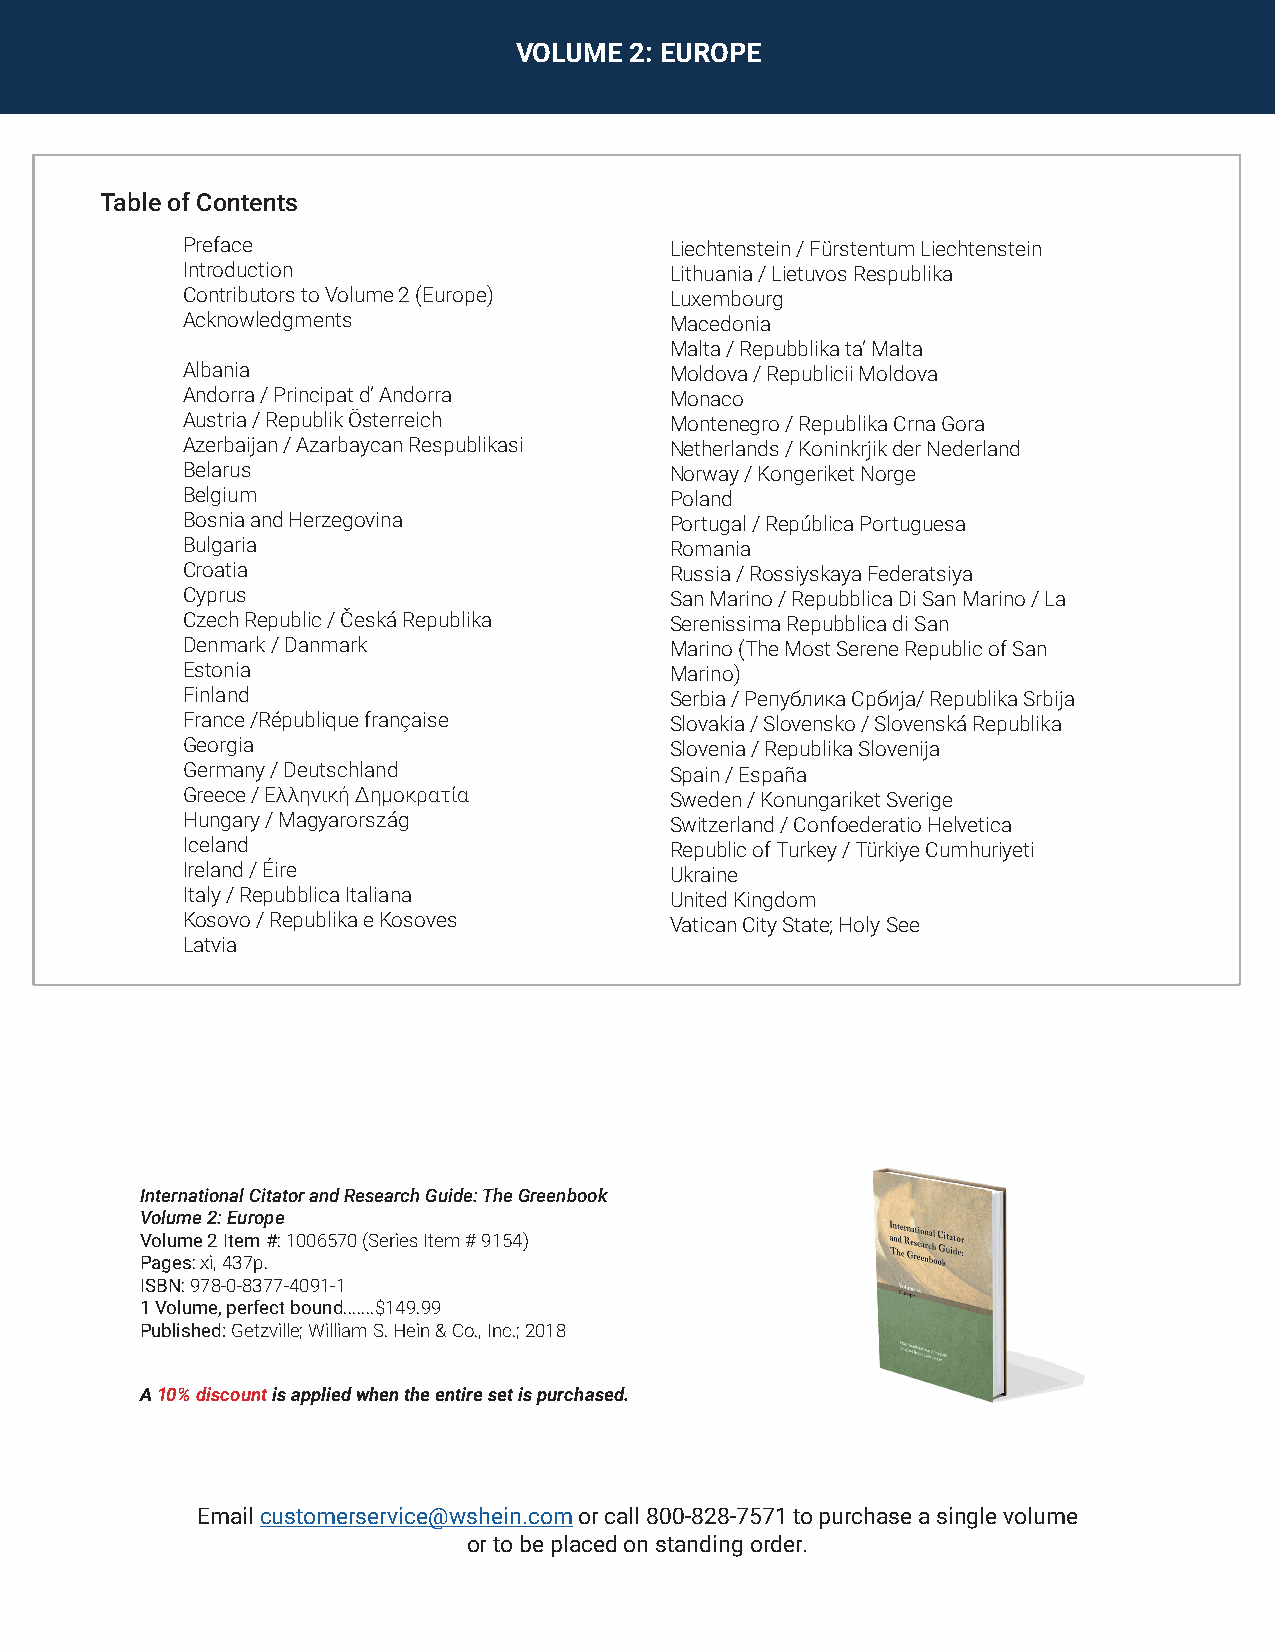
VOLUME  2: EUROPE
 Table of Contents
 Preface                         Liechtenstein / Fürstentum Liechtenstein
 Introduction                    Lithuania / Lietuvos Respublika
 Contributors to Volume 2 (Europe) Luxembourg
 Acknowledgments                 Macedonia
 Malta / Repubblika ta’ Malta
 Albania                         Moldova / Republicii Moldova
 Andorra / Principat d’ Andorra  Monaco
 Austria / Republik Österreich   Montenegro / Republika Crna Gora
 Azerbaijan / Azarbaycan Respublikasi Netherlands / Koninkrjik der Nederland
 Belarus                         Norway / Kongeriket Norge
 Belgium                         Poland
 Bosnia and Herzegovina          Portugal / República Portuguesa
 Bulgaria                        Romania
 Croatia                         Russia / Rossiyskaya Federatsiya
 Cyprus                          San Marino / Repubblica Di San Marino / La
 Czech Republic / Česká Republika Serenissima Repubblica di San
 Denmark / Danmark               Marino (The Most Serene Republic of San
 Estonia                         Marino)
 Finland                         Serbia / Република Србија/ Republika Srbija
 France /République française    Slovakia / Slovensko / Slovenská Republika
 Georgia                         Slovenia / Republika Slovenija
 Germany / Deutschland           Spain / España
 Greece / Ελληνική Δημοκρατία    Sweden / Konungariket Sverige
 Hungary / Magyarország          Switzerland / Confoederatio Helvetica
 Iceland                         Republic of Turkey / Türkiye Cumhuriyeti
 Ireland / Éire                  Ukraine
 Italy / Repubblica Italiana     United Kingdom
 Kosovo / Republika e Kosoves    Vatican City State; Holy See
 Latvia
 International Citator and Research Guide: The Greenbook
 Volume 2: Europe
 Volume 2 Item #: 1006570 (Series Item # 9154)
 Pages: xi, 437p.
 ISBN: 978-0-8377-4091-1
 1 Volume, perfect bound.......$149.99
 Published: Getzville; William S. Hein & Co., Inc.; 2018
 A 10% discount is applied when the entire set is purchased.
 Email customerservice@wshein.com or call 800-828-7571 to purchase a single volume
 or to be placed on standing order.